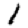
Digit: 1